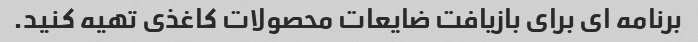
برنامه ای برای بازیافت ضایعات محصولات کاغذی تهیه کنید.